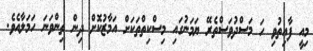
މިއީ ފާއިތުވި ހަ މަސްދުވަސްތެރޭ ޔަމަނުގައި މިސްކިތްތަކަށް އަމާޒުކޮށް ދިން ތިންވަނަ ހަމަލާއެވެ.